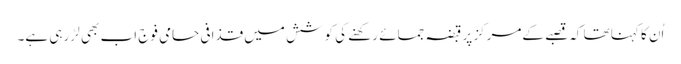
اُن کا کہنا تھا کہ قصبے کےمرکز پر قبضہ جمائے رکھنے کی کوشش میں قذافی حامی فوج اب بھی لڑ رہی ہے۔